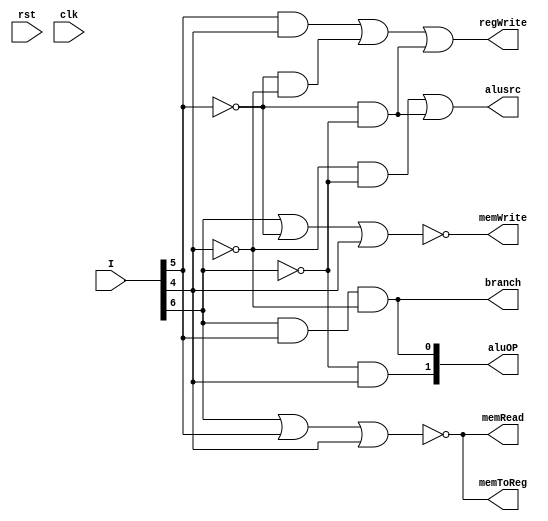
/*-----------------------------------------------------------------------
Assignment 3: Question 1
File Name   : mcu.v
Function    : Building the Main Control Unit for complete RISCV Datapath     
Done by     : Shashwatha Mitra G B (171CO144)
		      Rohit M P (171CO136)
-------------------------------------------------------------------------*/


module mcu(I,rst,clk,alusrc,memToReg,regWrite,memRead,memWrite,branch,aluOP);

	input [31:0]I;
	input rst, clk;
	output alusrc, memToReg, regWrite, memWrite, memRead, branch;
	output [1:0]aluOP;	

	assign alusrc   = (~I[4] & ~I[6]) | (~I[5] & ~I[6]);
	assign memToReg = ~(I[6] | I[5] | I[4]);
	assign regWrite = (I[5] & I[4]) | (~I[5] & ~I[4]) | (~I[5] & ~I[6]);
	assign memRead  = ~(I[6] | I[5] | I[4]);
	assign memWrite = ~(I[6] | ~I[5] | I[4]);
	assign branch   = I[6] & I[5] & ~I[4];
	assign aluOP[1] = ~I[6] & I[4];
	assign aluOP[0] = I[6] & I[5] & ~I[4];
	
endmodule